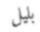
بليل